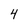
Character: 4